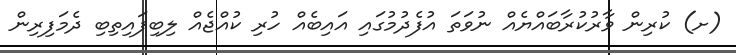
(ށ) ކުރިން ވާރުކުރާބައްޔެއް ނުވަތަ އުފެދުމުގައި އައިބެއް ހުރި ކުއްޖެއް ލިބިފައިތިބި ދެމަފިރިން